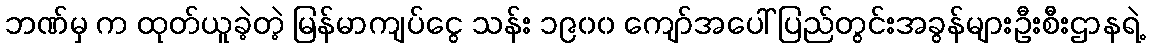
ဘဏ်မှ က ထုတ်ယူခဲ့တဲ့ မြန်မာကျပ်ငွေ သန်း ၁၉၀၀ ကျော်အပေါ် ပြည်တွင်းအခွန်များဦးစီးဌာနရဲ့